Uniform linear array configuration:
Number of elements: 48
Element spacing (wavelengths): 0.5
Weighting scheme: cosine
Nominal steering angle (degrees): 30
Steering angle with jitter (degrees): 30.184
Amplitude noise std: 0.05
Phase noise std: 0.05

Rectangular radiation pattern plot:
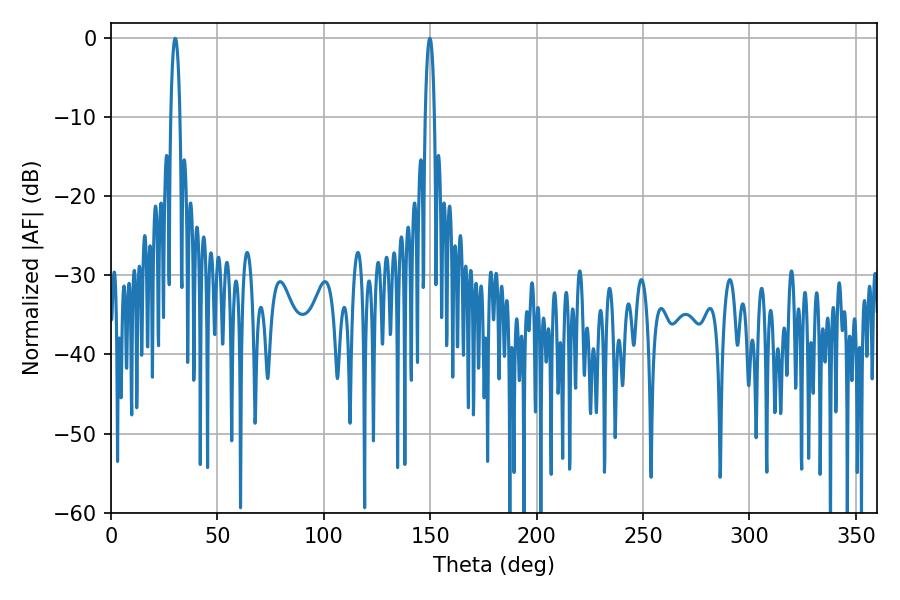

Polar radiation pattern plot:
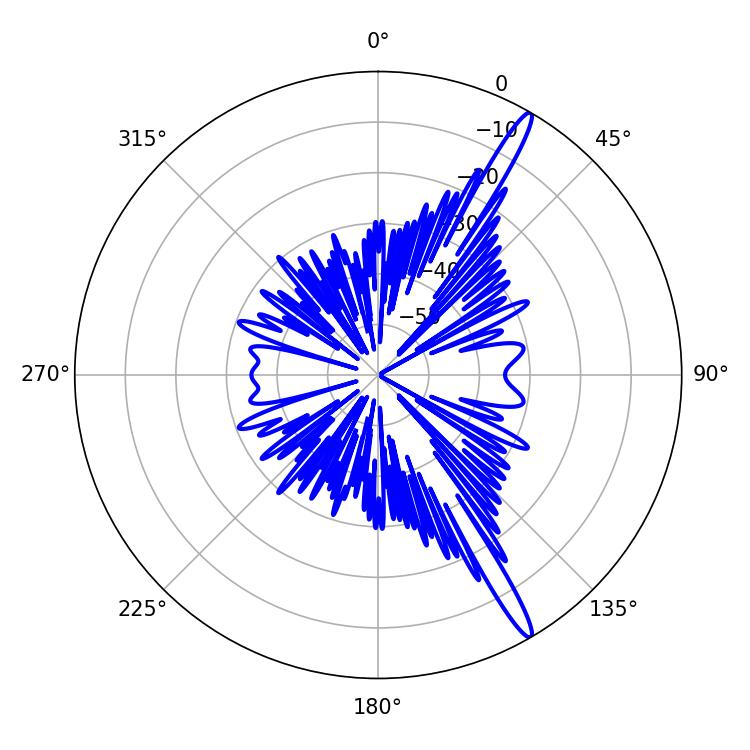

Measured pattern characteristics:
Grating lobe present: FALSE
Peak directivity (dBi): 16.117
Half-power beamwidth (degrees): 2.34
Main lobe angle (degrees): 30.24